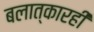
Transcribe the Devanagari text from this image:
बलात्कारही